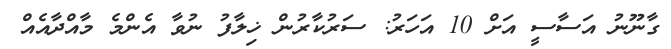
ގާނޫނު އަސާސީ އަށް 10 އަހަރު: ސަރުކާރުން ޚިލާފު ނުވާ އެންމެ މާއްދާއެއް